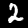
Digit: 2